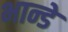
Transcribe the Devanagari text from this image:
भान्डे